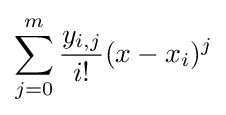
\sum _{j=0}^{m}{\frac {y_{i,j}}{i!}}(x-x_{i})^{j}